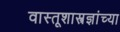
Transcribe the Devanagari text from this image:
वास्तूशास्त्रज्ञांच्या